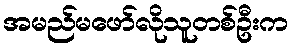
အမည်မဖော်လိုသူတစ်ဦးက